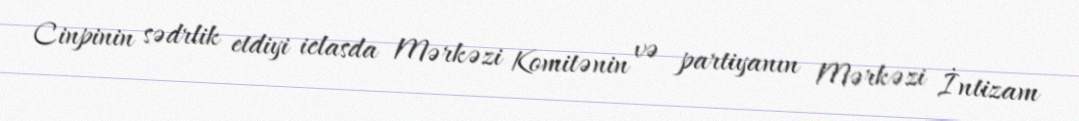
Cinpinin sədrlik etdiyi iclasda Mərkəzi Komitənin və partiyanın Mərkəzi İntizam